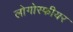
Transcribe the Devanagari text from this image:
लोगोस्फीयर